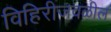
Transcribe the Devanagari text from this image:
विहिरीजवळील